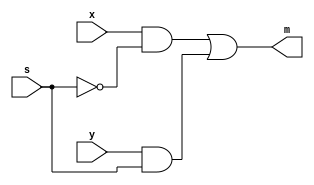
module mymux(x,y,s,m);
input[2:0] x,y;
input s;
output[2:0]m;
assign m=x&~s|y&s;
endmodule